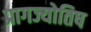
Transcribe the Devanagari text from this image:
प्रागज्योतिष